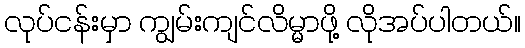
လုပ်ငန်းမှာ ကျွမ်းကျင်လိမ္မာဖို့ လိုအပ်ပါတယ်။